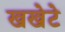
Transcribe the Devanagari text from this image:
खखेटे